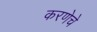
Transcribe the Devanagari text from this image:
करणेचे